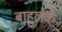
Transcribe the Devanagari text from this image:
बाहुलकं